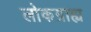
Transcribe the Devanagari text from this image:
लोकग्राह्य